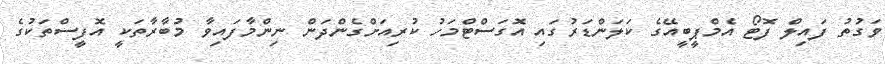
ވަގުތު ފައިލް ފޮޓޯ އެމްޕީބީއޭގެ ކަލަންޑަރުގައި އޮގަސްޓްމަހު ކުރިއަށްގެންދަން ނިންމާފައިވާ މުބާރާތަކީ އޮފީސްތަކުގެ